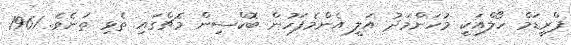
ފްރީޑަމް ހޯލްއަކީ މުހަންމަދު އަލީ އެންމެފަހުން ބޮކްސިން މެޗްގައި ތެޅި ތަނެވެ. 1961